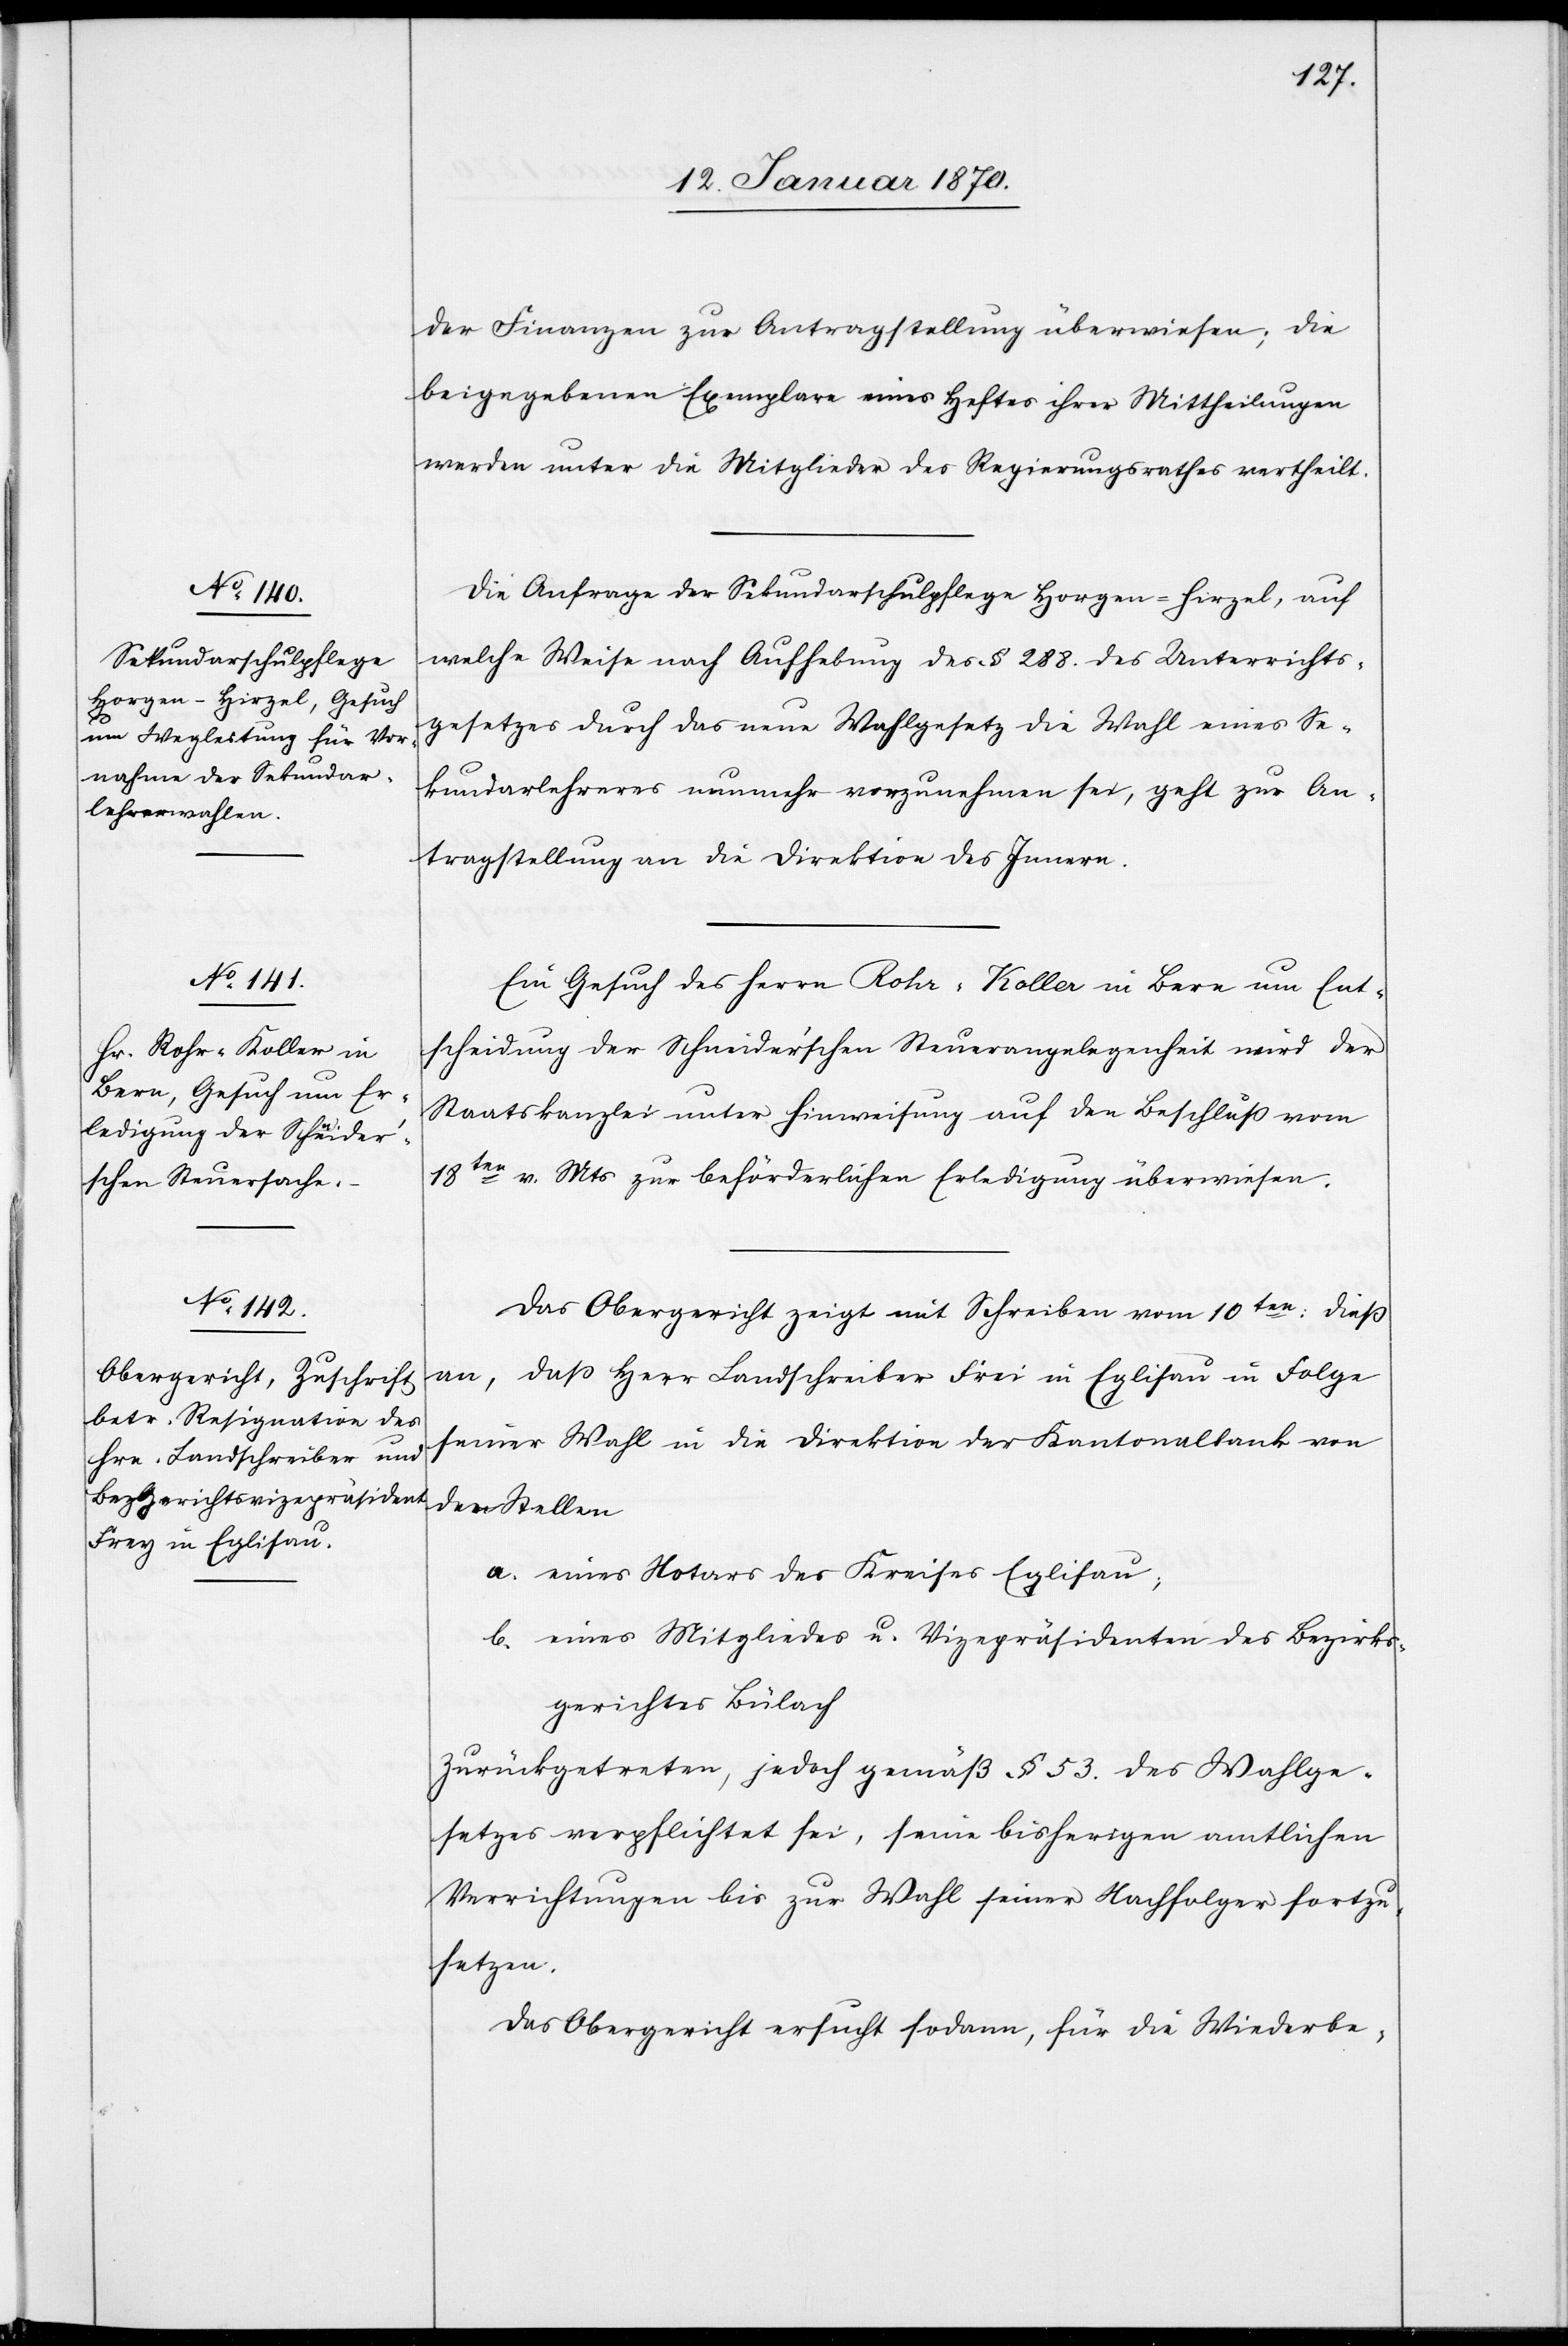
der Finanzen zur Antragstellung überwiesen; die
beigegebenen Exemplare eines Heftes ihrer Mittheilungen
werden unter die Mitglieder des Regierungsrathes vertheilt.
Die Anfrage der Sekundarschulpflege Horgen-Hirzel, auf
welche Weise nach Aufhebung des § 288. des Unterrichts¬
gesetzes durch das neue Wahlgesetz die Wahl eines Se¬
kundarlehreres nunmehr vorzunehmen sei, geht zur An¬
tragstellung an die Direktion des Innern.
Ein Gesuch des Herrn Rohr-Koller in Bern um Ent¬
scheidung der Schneider’schen Steuerangelegenheit wird der
Staatskanzlei unter Hinweisung auf den Beschluß vom
18ten v. Mts. zur beförderlichen Erledigung überwiesen.
Das Obergericht zeigt mit Schreiben vom 10ten: dieß
an, daß Herr Landschreiber Frei in Eglisau in Folge
seiner Wahl in die Direktion der Kantonalbank von
den Stellen
a. eines Notars des Kreises Eglisau;
b. eines Mitgliedes u. Vizepräsidenten des Bezirks¬
gerichtes Bülach
zurückgetreten, jedoch gemäß § 53. des Wahlge¬
setzes verpflichtet sei, seine bisherigen amtlichen
Verpflichtungen bis zur Wahl seiner Nachfolger fortzu¬
setzen.
Das Obergericht ersucht sodann, für die Wiederbe-